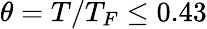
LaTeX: \theta=T/T_{F}\leq 0.43